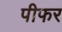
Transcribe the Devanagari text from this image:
पीफर